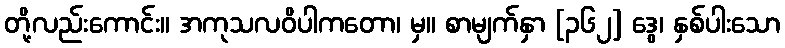
တို့လည်းကောင်း။ အကုသလဝိပါကတော၊ မှ။ စာမျက်နှာ [၃၆၂] ဒွေ၊ နှစ်ပါးသော